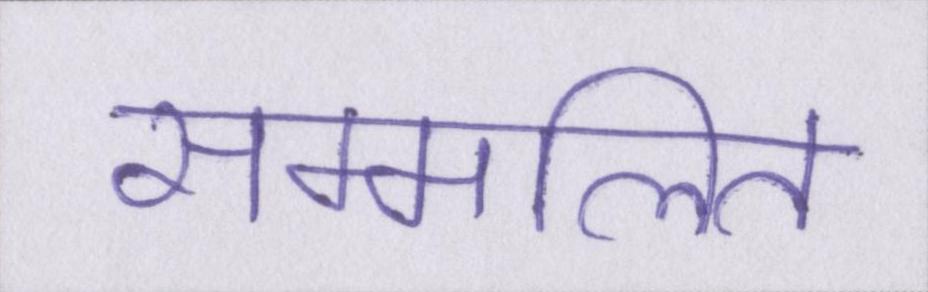
सम्मलित